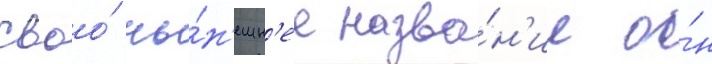
Своо́ ны́н'ешн'ее назва́н'ие о́н